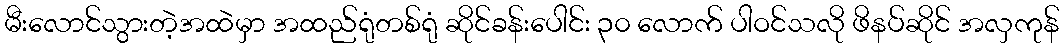
မီးလောင်သွားတဲ့အထဲမှာ အထည်ရုံတစ်ရုံ ဆိုင်ခန်းပေါင်း ၃၀ လောက် ပါဝင်သလို ဖိနပ်ဆိုင် အလှကုန်